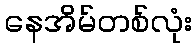
နေအိမ်တစ်လုံး